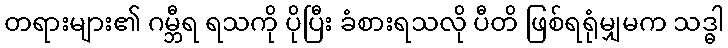
တရားများ၏ ဂမ္ဘီရ ရသကို ပိုပြီး ခံစားရသလို ပီတိ ဖြစ်ရရုံမျှမက သဒ္ဓါ